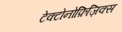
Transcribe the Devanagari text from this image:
टेक्टोनोफ़िज़िक्स